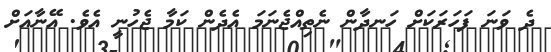
ދެ ވަނަ ފަހަރަކަށް ހަނދާން ނެތިއްޖެނަމަ އެދެން ކަމާ ޖެހުނީ އެވެ. އޭނާއަށް